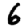
Digit: 6